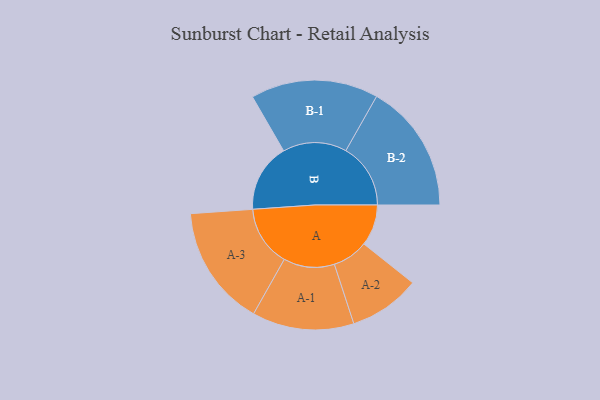
{"axis": {"x": "Segment", "y": "Value"}, "legend": ["", "A", "B"], "data": [{"x": "A", "y": 179, "type": ""}, {"x": "B", "y": 297, "type": ""}, {"x": "A-1", "y": 221, "type": "A"}, {"x": "A-2", "y": 155, "type": "A"}, {"x": "A-3", "y": 263, "type": "A"}, {"x": "B-1", "y": 277, "type": "B"}, {"x": "B-2", "y": 281, "type": "B"}]}